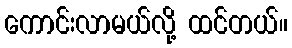
ကောင်းလာမယ်လို့ ထင်တယ်။